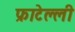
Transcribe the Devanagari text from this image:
फ्राटेल्ली